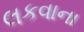
લકવાના